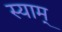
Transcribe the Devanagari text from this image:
स्याम्‌